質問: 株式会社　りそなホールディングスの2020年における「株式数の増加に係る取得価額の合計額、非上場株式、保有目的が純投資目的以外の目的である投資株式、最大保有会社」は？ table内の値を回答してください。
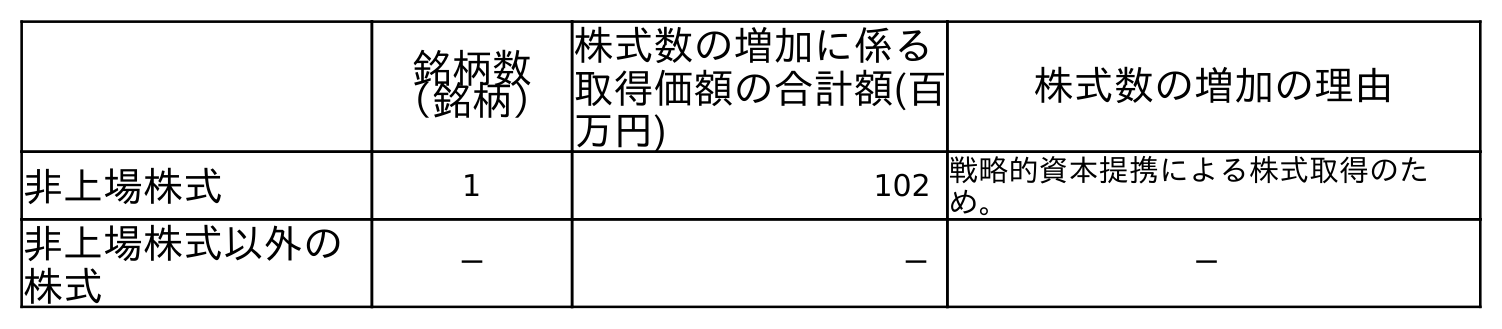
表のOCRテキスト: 銘柄数 （銘柄） 株式数の増加に係る 取得価額の合計額(百 万円) 株式数の増加の理由 非上場株式 1 102 戦略的資本提携による株式取得のた め。 非上場株式以外の 株式 － － －
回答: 102